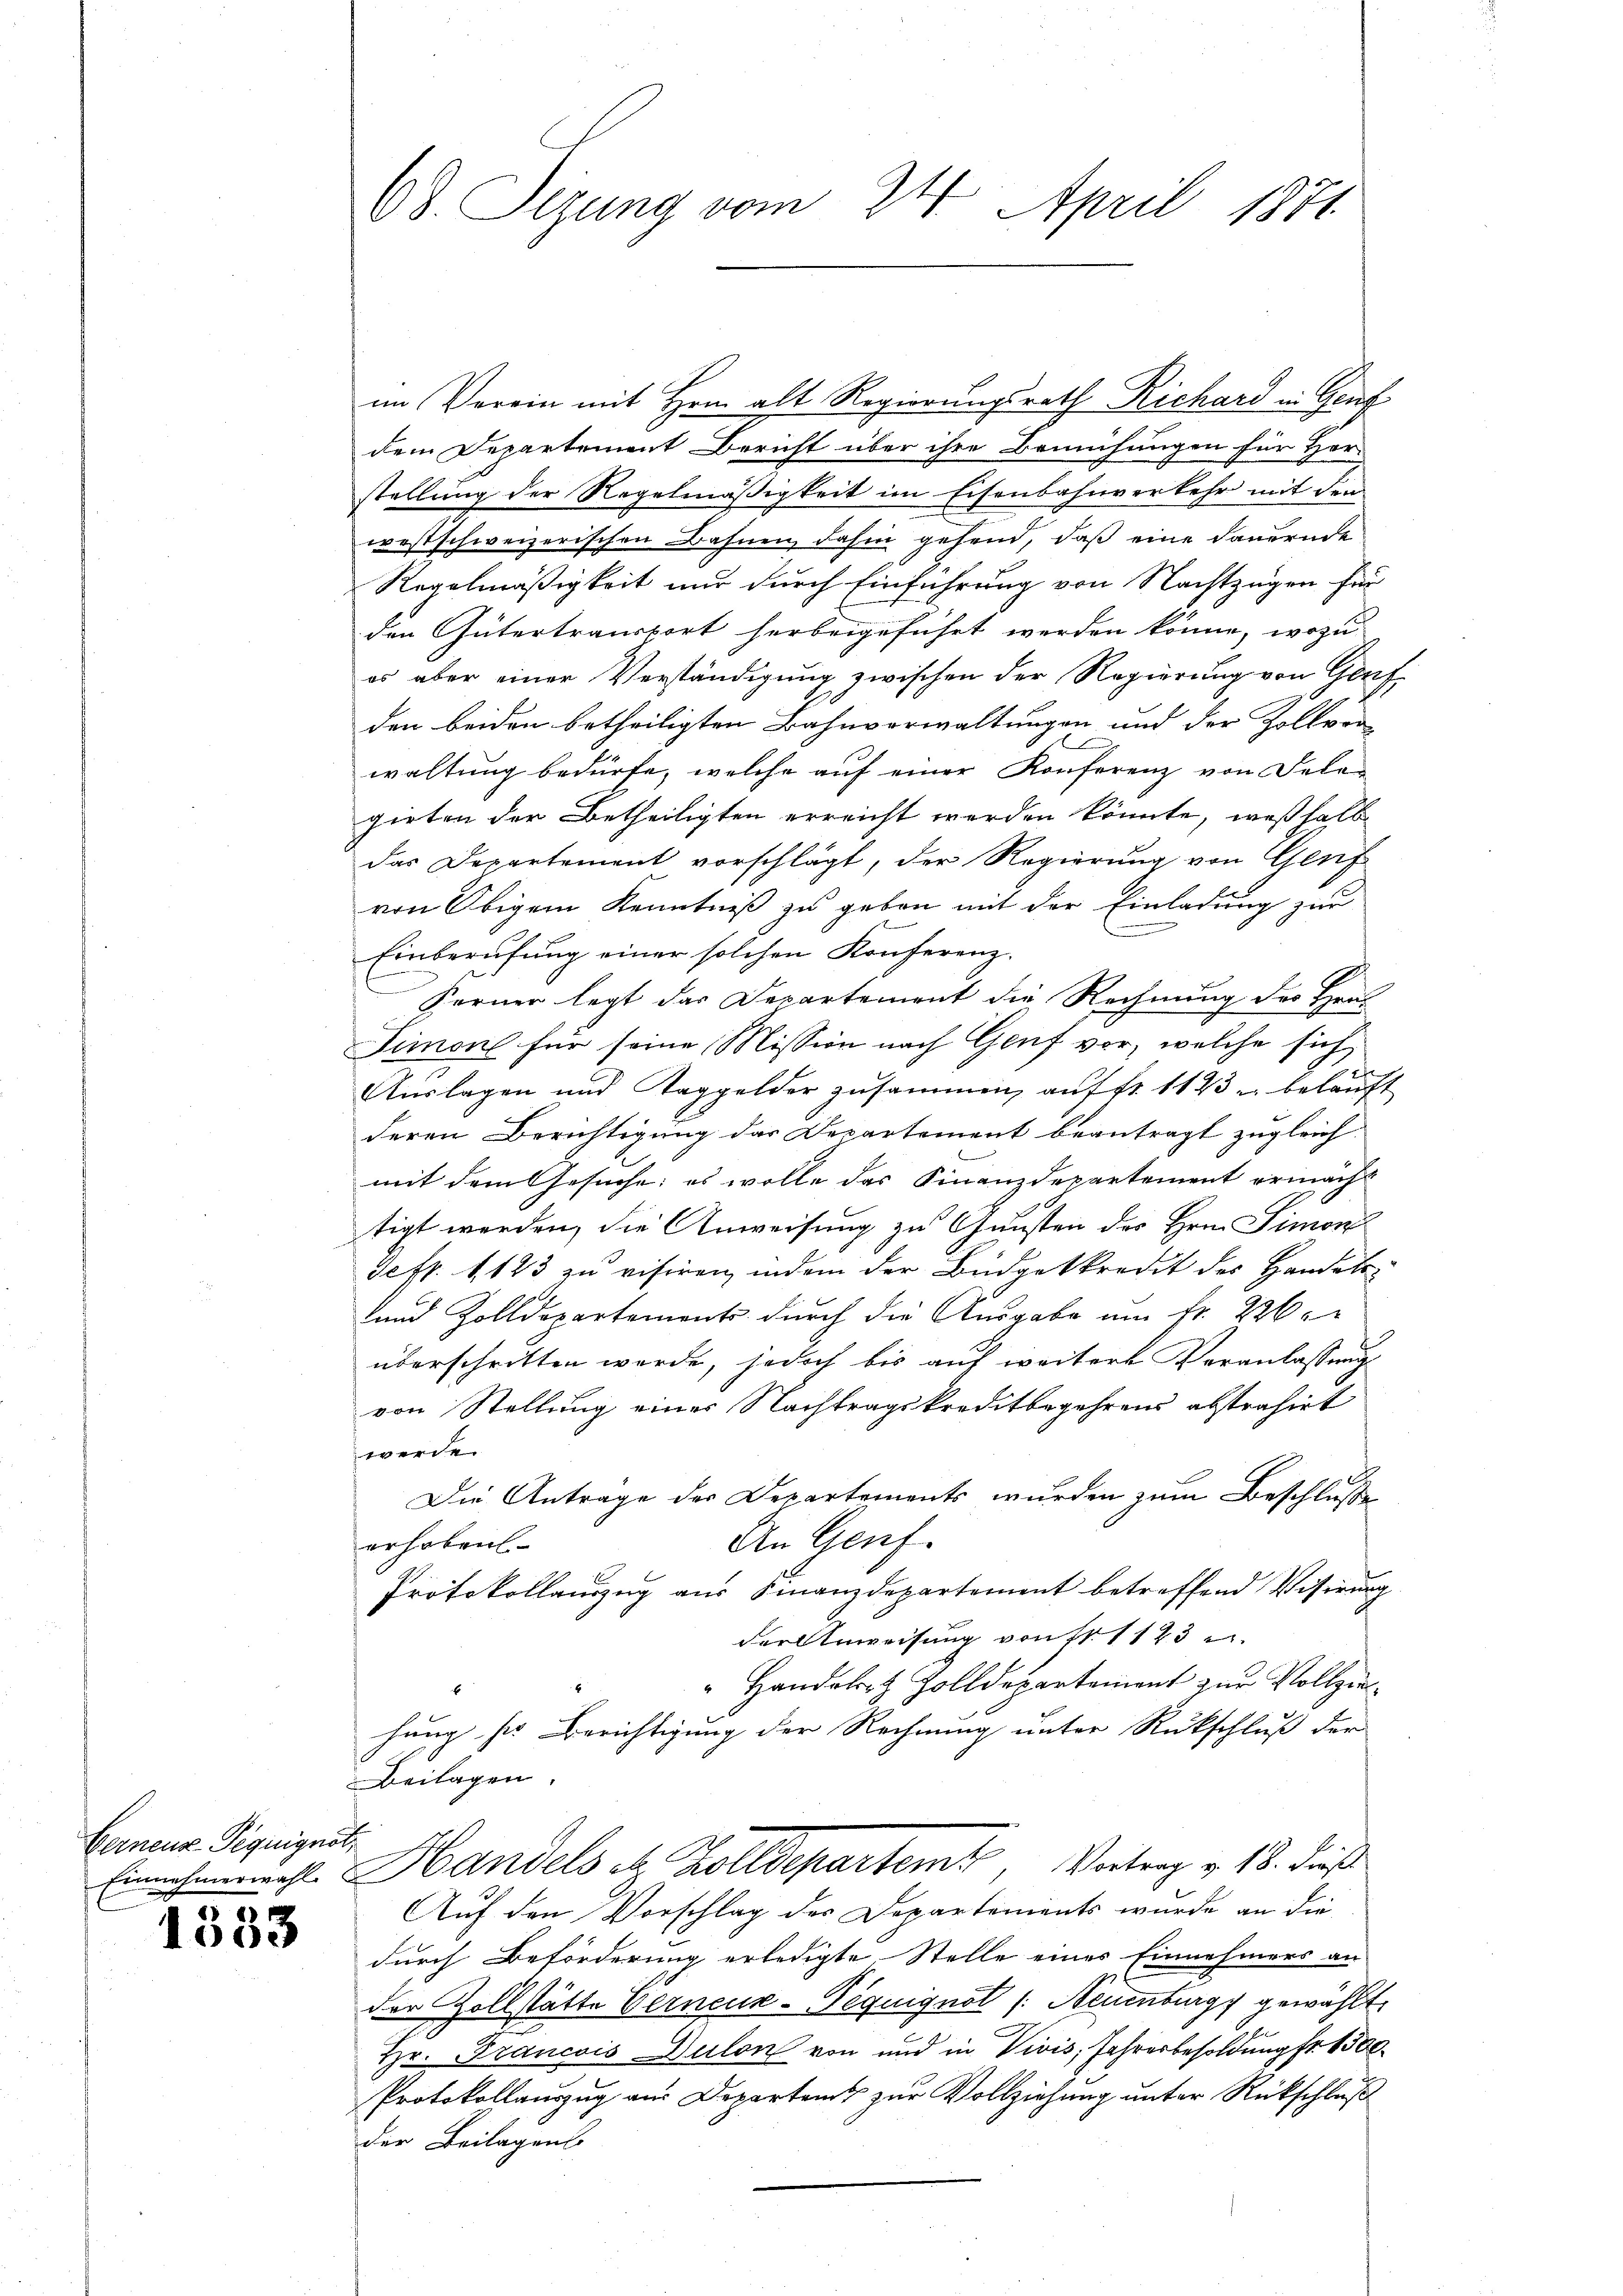
Berneur-Piquignot,

1533

68. Sizung vom 24. April 1871

im Verein mit Hrn. alt Regierungsrath Richard in Genf
dem Departement Bericht über ihre Bemühungen für Her-
stellung der Regelmäßigkeit im Eisenbahnverkehr mit den
westschweizerischen Bahnen, dahin gehend, daß eine dauernde
Regelmäßigkeit nur durch Einführung von Nachtzügen für
den Gütertransport herbeigeführt werden könne, wozu
os aber einer Verständigung zwischen der Regierung von Genf
den beiden betheiligten Bahnverwaltungen und der Zoller
waltung bedürfe, welche auf einer Konferenz von Sele-
gieten der Betheiligten erreicht werden könnte, weßhalb
das Departement vorschlägt, der Regierung von Genf
von Obigem Kenntniß zu geben mit der Einladung zur
Einberufung einer solchen Konferenz-
Ferner legt das Departement die Rechnung des Haus
Simone für seine Mission nach Genf vor, welche sich
Auslagen und Taggelder zusammen, auf fr. 1123 u. belauft
deren Berichtigung das Departement beantragt zugleich-
mit dem Gesuche; es wolle das Finanzdepartement ermacht
tigt werden, die Anweisung zu Gunsten des Hrn. Simon
Seft. 123 zu visiren, indem der Büdgetkredit des Handels¬
und Zolldepartements durch die Ausgabe am Fr. 226.
überschritten werde, jedoch bis auf weitere Veranlassung
von Stellung einer Nachtragskreditbegehrens abstrahirt
werde.
Die Anträge der Departements wurden zum Beschlusse
An Genf.
erhoben
Protokollauszug aus Finanzdepartement betreffend Visirung
der Anweisung von 111 123
" Handelst Zolldepartement zur Vollziehung ser Berichtigung der Rechnung unter Rückschluß der
Beilagen.
Einnahmen wohl Handels et Zolldepartemt, Vortrag v. 18. dieß
Auf den Vorschlag des Departements wurde an die
durch Beförderung erledigte Stelle einer Einnehmers an
der Zollstätte Verneck-Pequignot /: Neuenburg gewählt
Hr. Francois Dulon von und in Vivis, Jahresbesoldung fr. 1500.
Protokollauszug aus Departamt zur Vollziehung unter Rückschluß
der Beilagens